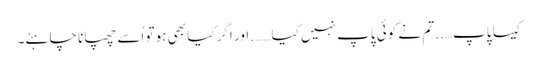
کیسا پاپ….. تم نے کوئی پاپ نہیں کیا……. اور اگر کیا بھی ہو تو اُسے چھپانا چاہئے۔